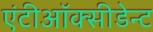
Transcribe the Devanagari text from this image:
एंटीऑक्सीडेन्ट